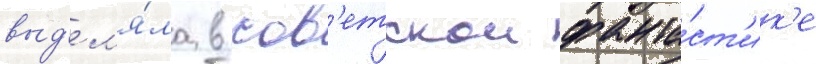
выд'ел'я́ла в сов'етскои фанта́ст'ик'е